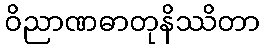
ဝိညာဏဓာတုနိဿိတာ